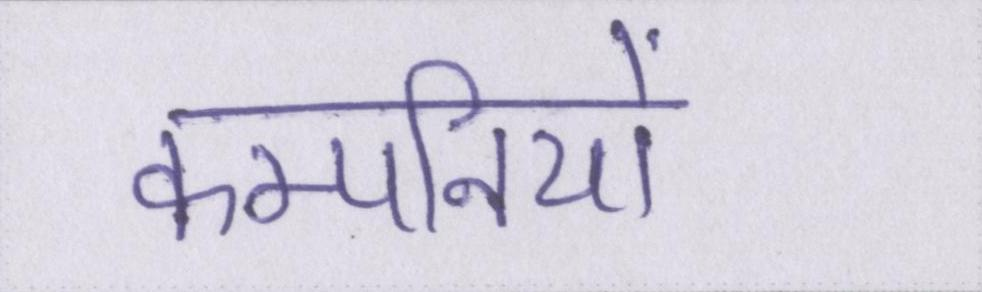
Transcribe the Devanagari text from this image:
कम्पनियों